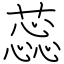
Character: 蕊